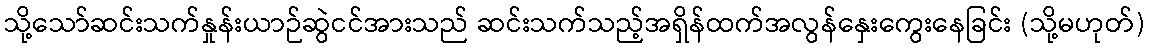
သို့သော်ဆင်းသက်နှုန်းယာဉ်ဆွဲငင်အားသည် ဆင်းသက်သည့်အရှိန်ထက်အလွန်နှေးကွေးနေခြင်း (သို့မဟုတ်)